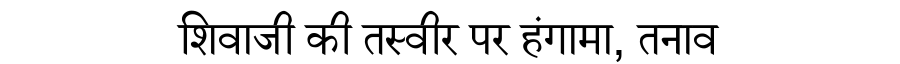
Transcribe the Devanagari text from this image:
शिवाजी की तस्वीर पर हंगामा, तनाव